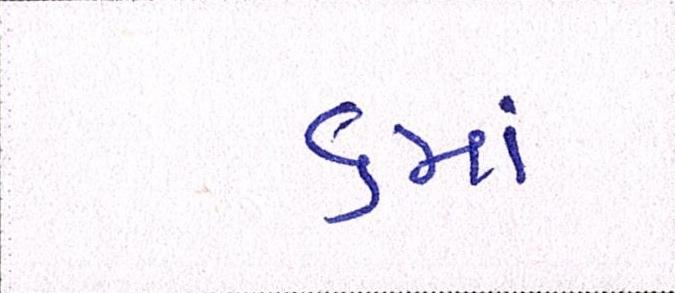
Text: ૬માં